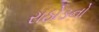
રાઠોડનો